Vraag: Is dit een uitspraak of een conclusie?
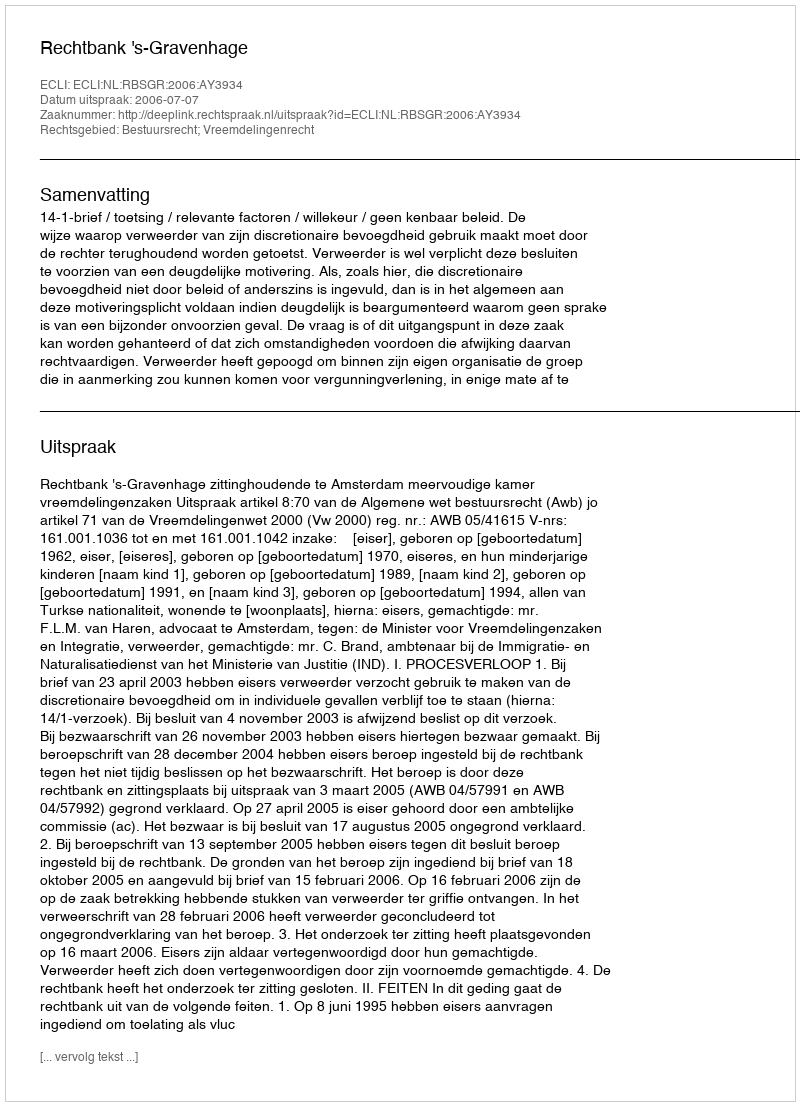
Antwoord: Uitspraak